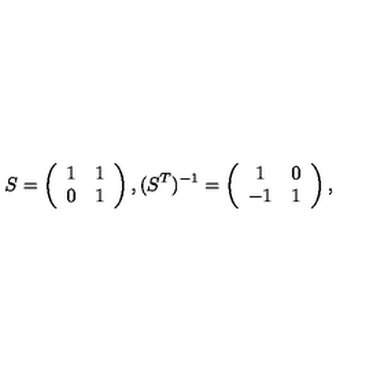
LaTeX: S = \left( \begin{array} { c c } { 1 } & { 1 } \\ { 0 } & { 1 } \\ \end{array} \right) , ( S ^ { T } ) ^ { - 1 } = \left( \begin{array} { c c } { 1 } & { 0 } \\ { - 1 } & { 1 } \\ \end{array} \right) ,